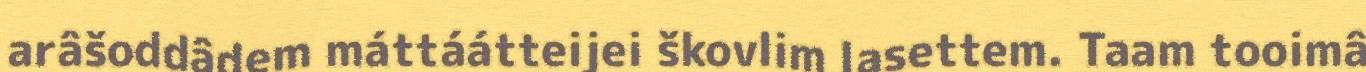
arâšoddâdem máttáátteijei škovlim lasettem. Taam tooimâ